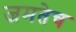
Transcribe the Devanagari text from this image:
जमतेच